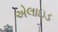
એલાઇડ